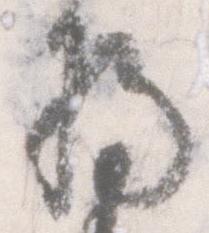
将